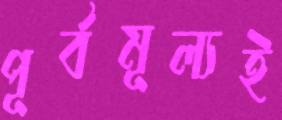
পূর্বমূল্যই